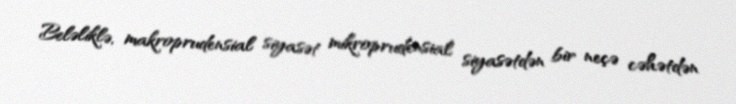
Beləliklə, makroprudensial siyasət mikroprudensial siyasətdən bir neçə cəhətdən